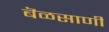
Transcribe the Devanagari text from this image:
बॆळसाणी